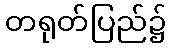
တရုတ်ပြည်၌